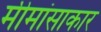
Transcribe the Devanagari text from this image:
मीमांसाकार